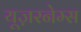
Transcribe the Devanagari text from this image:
यूज़रनेम्स